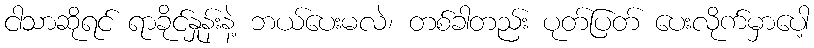
ငါသာဆိုရင် ရာခိုင်နှုန်းနဲ့ ဘယ်ပေးမလဲ၊ တစ်ခါတည်း ပုတ်ပြတ် ပေးလိုက်မှာပေါ့